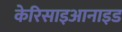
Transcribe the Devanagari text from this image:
केरिसाइआनाइड